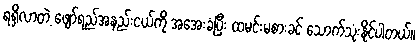
ရရှိလာတဲ့ ဖျော်ရည်အနည်းငယ်ကို အအေးခံပြီး ထမင်းမစားခင် သောက်သုံးနိုင်ပါတယ်။